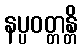
နပ္ပဝတ္တန္တိ